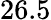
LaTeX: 26.5